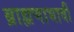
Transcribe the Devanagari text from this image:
ब्राह्मणाभावीं